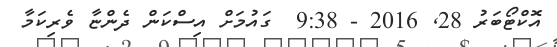
އޮކްޓޯބަރު 28